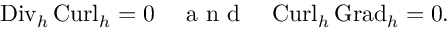
{ \mathrm { D i v } _ { h } } \, { \mathrm { C u r l } _ { h } } = 0 \quad \mathrm { ~ a ~ n ~ d ~ } \quad { \mathrm { C u r l } _ { h } } \, { \mathrm { G r a d } _ { h } } = 0 .